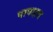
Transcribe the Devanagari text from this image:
पापक्षय